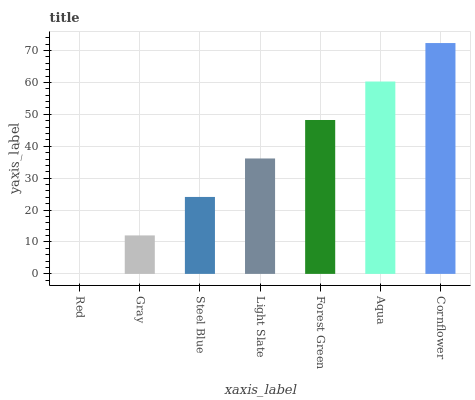
| xaxis_label | bars |
 | --- | --- |
 | Red | 0 |
 | Gray | 12.1 |
 | Steel Blue | 24.1 |
 | Light Slate | 36.2 |
 | Forest Green | 48.2 |
 | Aqua | 60.3 |
 | Cornflower | 72.3 |